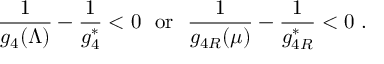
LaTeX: { \frac { 1 } { g _ { 4 } ( \Lambda ) } } - { \frac { 1 } { g _ { 4 } ^ { \ast } } } < 0 ~ ~ \mathrm { o r } ~ ~ { \frac { 1 } { g _ { 4 R } ( \mu ) } } - { \frac { 1 } { g _ { 4 R } ^ { \ast } } } < 0 ~ .